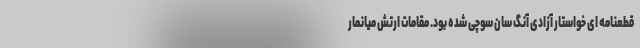
قطعنامه ای خواستار آزادی آنگ سان سوچی شده بود. مقامات ارتش میانمار